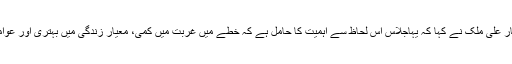
بدھ کو ذرائع ابلاغ سے گفتگو کرتے ہوئے سارک چیمبر کے نائب صدر افتخار علی ملک نے کہا کہ یہاجلاس اس لحاظ سے اہمیت کا حامل ہے کہ خطے میں غربت میں کمی، معیار زندگی میں بہتری اور عوامی روابط میں فروغ کیلئے معاشی ایجنڈا سیٹ کرنا وقت کی اہم ضرورت ہے۔